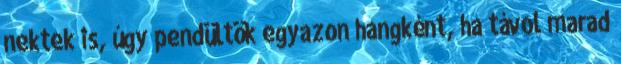
nektek is, úgy pendültök egyazon hangként, ha távol marad